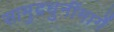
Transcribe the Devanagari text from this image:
सामुद्रधुनींमार्गे